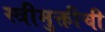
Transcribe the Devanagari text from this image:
स्त्रीमुक्तीची